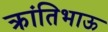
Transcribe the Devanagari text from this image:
क्रांतिभाऊ